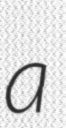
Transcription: a